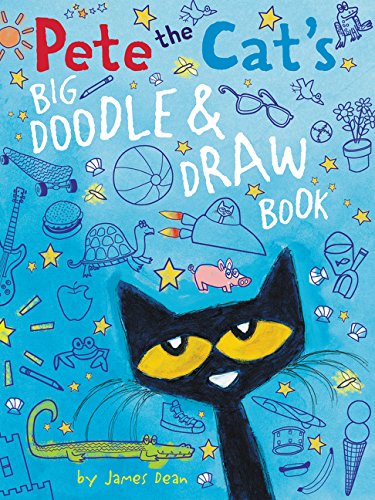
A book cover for Pete the Cat's Big Doodle & Draw Book; James Dean; Children's Books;